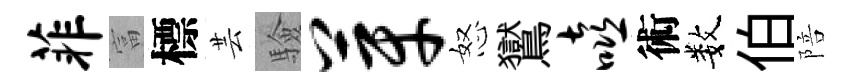
菲富標芸驗芽怒鸑嘻術数伯陪